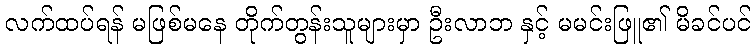
လက်ထပ်ရန် မဖြစ်မနေ တိုက်တွန်းသူများမှာ ဦးလာဘ နှင့် မမင်းဖြူ၏ မိခင်ပင်